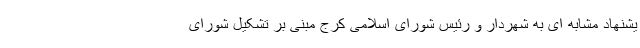
یشنهاد مشابه ای به شهردار و رئیس شورای اسلامی کرج مبنی بر تشکیل شورای